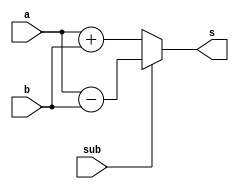
module exe (a,b,sub,s);
	input [31:0] a,b;
	input sub;
	output [31:0] s;
	assign s = sub ? a - b : a + b;
endmodule